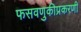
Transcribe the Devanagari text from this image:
फसवणुकीप्रकरणी